Report on vaccination in Madras 1904-1921 - 1904-1921
Year: 1904
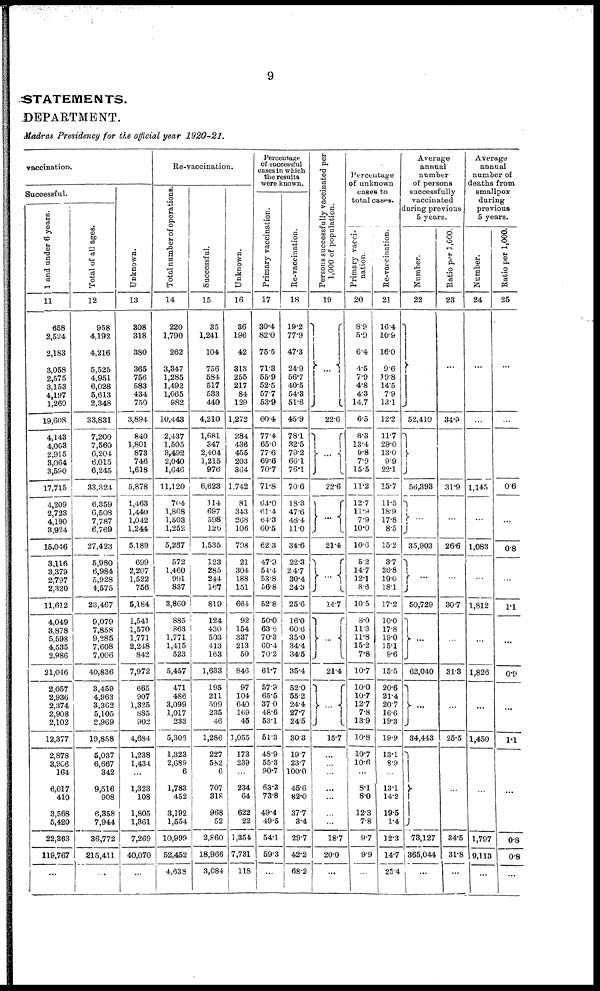
9
STATEMENTS.
DEPARTMENT.
Madras Presidency for the official year 1920-21.
vaccination.
Successful.
1 and under 6 years.
11
658
2,524
2,183
3,058
2,575
3,153
4,197
1,260
19,608
4,143
4,003
2,915
3,064
3,590
17,715
4,209
2,723
4,190
3,924
15,046
3,116
3,379
2,797
2,320
11,612
4,049
3,878
5,598
4,535
2,986
21,046
2,057
2,936
2,374
2,908
2,102
12,377
2,878
3,906
164
6,017
410
3,568
5,420
22,363
119,767
...
Total of all ages.
12
958
4,192
4,216
5,525
4,951
6,028
5,613
2,348
33,831
7,200
7,560
6,204
6,015
6,245
33,324
6,359
6,508
7,787
6,769
27,423
5,980
6,984
5,928
4,575
23,467
9,079
7,858
9,285
7,608
7,006
40,836
3,459
4,963
3,362
5,105
2,969
19,858
6,037
6,667
342
9,516
908
6,358
7,944
36,772
215,411
...
Unknown.
13
308
318
380
365
756
583
434
750
3,894
840
1,801
873
746
1,618
5,878
1,463
1,440
1,042
1,244
5/189
699
2,207
1,522
756
5,184
1,541
1,570
1,771
2,248
842
7,972
665
907
1,325
885
902
4,684
1,238
1,434
...
1,323
108
1,805
1,361
7,269
40,070
...
Re-vaccination.
Total number of operations.
14
220
1,790
262
3,347
1,285
1,492
1,065
982
10,443
2,437
1,505
3,492
2,040
1,646
11,120
704
1,808
1,503
1,252
5,287
572
1,460
991
837
3,860
885
863
1,771
1,415
523
5,457
471
486
3,099
1,017
233
5,306
1,323
2,689
6
1,783
452
3,192
1,554
10,999
52,452
4,638
Successful.
15
35
1,241
104
756
584
517
533
440
4,210
1,681
347
2,404
1,215
976
6,623
114
697
598
126
1,535
123
285
244
167
819
124
430
503
413
163
1,633
195
211
599
235
46
1,286
227
582
6
707
318
968
52
2,860
18,966
3,084
Unknown.
16
36
196
42
313
255
217
84
129
1,272
284
436
455
203
364
1,742
81
343
268
106
708
21
304
188
151
664
92
154
337
213
50
846
97
104
640
169
45
1,055
173
239
...
234
64
622
22
1,354
7,731
118
Percentage
of successful
cases in which
the results
were known.
Primary vaccination.
17
30.4
82.0
75.5
71.3
55.9
52.5
57.7
53.9
60.4
77.4
65.0
77.6
69.6
70.7
71.8
63.0
61.4
64.3
60.5
62.3
47.9
54.4
53.8
56.8
52.8
50.0
63.6
70.3
60.4
70.2
61.7
57.9
65.5
37.0
48.6
53.1
51.3
48.9
55.3
90.7
63.3
73.8
49.4
49.5
54.1
59.3
...
Re-vaccination.
18
19.2
77.9
47.3
24.9
56.7
40.5
54.3
51.6
45.9
78.1
32.5
79.2
66.1
76.1
70.6
18.3
47.6
48.4
11.0
34.6
22.3
24.7
30.4
24.3
25.6
16.0
60.6
35.0
34.4
34.5
35.4
52.0
55.2
24.4
27.7
24.5
30.3
19.7
23.7
100.0
45.6
82.0
37.7
3.4
29.7
42.2
68.2
Persons successfully vaccinated per
1,000 of population.
19
...
22.6
...
22.6
...
21.4
. . .
14.7
...
21.4
...
15.7
...
...
...
...
...
...
...
18.7
20.0
...
Percentage
of unknown
eases to
total cases.
Primary vacci-
nation .
20
8.9
5.9
6.4
4.5
7.9
4.8
4.3
14.7
6.5
8.3
13.4
9.8
7.9
15.5
11.2
12.7
11.9
7.9
10.0
10.6
5.2
14.7
12.1
8.6
10.5
8.0
11.8
11.8
15.2
7.8
10.7
10.0
10.7
12.7
7.8
13.9
10.8
10.7
10.6
...
8.1
8.0
12.3
7.8
9.7
9.9
...
Re-vaccination.
21
16.4
10.9
16.0
9.6
19.8
14.5
7.9
13.1
12.2
11.7
29.0
13.0
9.9
22.1
15.7
11.6
18.9
17.8
8.5
15.2
3.7
20.8
19.0
18.1
17.2
10.0
17.8
19.0
15.1
9.6
15.5
20.6
21.4
20.7
16.6
19.3
19.9
13.1
8.9
...
13.1
14.2
19.5
1.4
12.3
14.7
25.4
Average
annual
number
of persons
successfully
vaccinated
during previous
5 years.
Number.
22
52,410
56,393
...
35,903
...
50,729
...
62,040
...
34,443
...
78,127
365,044
...
Ratio per 1,000.
23
...
34.9
31.9
...
26.6
...
30.7
...
31.3
...
25.5
...
34.5
31.8
...
Average
annual
number of
deaths from
smallpox
during
previous
5 years.
Number.
24
...
...
1,145
...
1,083
...
1,812
...
1,826
...
1,450
...
1,797
9,113
...
Ratio per 1,000.
25
...
...
0.6
...
0.8
...
1.1
...
0.9
...
l.l
...
0.8
0.8
...